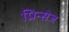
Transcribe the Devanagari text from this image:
प्रिन्सेज